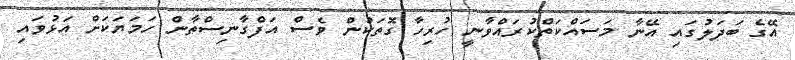
އޭގެ ބަދަލުގައި އޭނާ މަސައްކަތްކުރައްވާނީ ހުރިހާ ގޮތަކުން ވެސް އަފްގާނިސްތާން ހަމަޔަކަށް އަޅުވައި